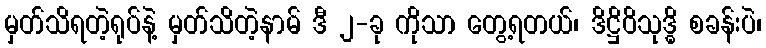
မှတ်သိရတဲ့ရုပ်နဲ့ မှတ်သိတဲ့နာမ် ဒီ ၂-ခု ကိုသာ တွေ့ရတယ်၊ ဒိဋ္ဌိဝိသုဒ္ဓိ စခန်းပဲ၊